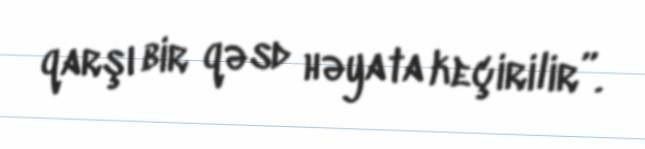
qarşı bir qəsd həyata keçirilir”.